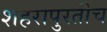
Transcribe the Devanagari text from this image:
शहरापुरतीच